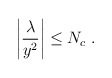
\begin{align*}\left|{\frac{\lambda}{y^2}}\right| \le N_c~.\end{align*}